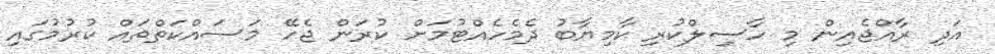
އަދި ރާއްޖެއިން މި ހާސިލްކުރި ކާމިޔާބު ދެމެހެއްޓުމަށް ކުރަން ޖެހޭ މަސައްކަތްތައް ކުރުމުގައި